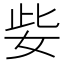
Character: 姕